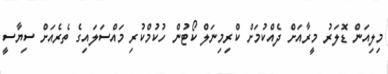
މިލިއަން ޑޮލަަރު މީރާއަށް ދެއްކުމަށް ކްރިމިނަލް ކޯޓުން ހުކުމްކުރި މައްސަލައިގެ ތެރެއަށް ސިޔާސީ